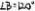
\angle B = 1 2 0 ^ { \circ }